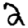
Digit: 2